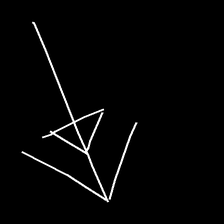
Glyph: pull